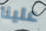
علينا